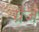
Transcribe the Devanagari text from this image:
ग्रैंज